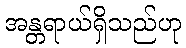
အန္တရာယ်ရှိသည်ဟု